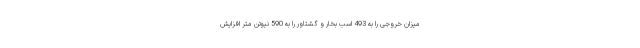
میزان خروجی را به 493 اسب بخار و گشتاور را به 590 نیوتن متر افزایش